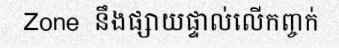
Zone  នឹងផ្សាយផ្ទាល់លើកញ្ចក់